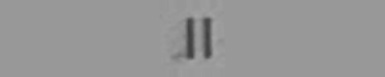
1 1